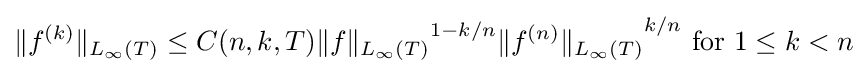
\|f^{(k)}\|_{L_{\infty }(T)}\leq C(n,k,T){\|f\|_{L_{\infty }(T)}}^{1-k/n}{\|f^{(n)}\|_{L_{\infty }(T)}}^{k/n}{\text{ for }}1\leq k<n